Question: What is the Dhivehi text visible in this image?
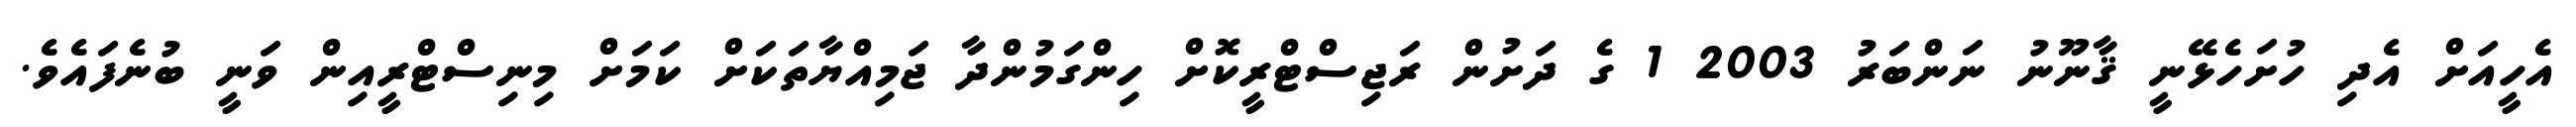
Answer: އެހީއަށް އެދި ހުށަހެޅޭނީ ޤާނޫނު ނަންބަރު 2003 1 ގެ ދަށުން ރަޖިސްޓްރީކޮށް ހިންގަމުންދާ ޖަމިއްޔާތަކަށް ކަމަށް މިނިސްޓްރީއިން ވަނީ ބުނެފައެވެ.